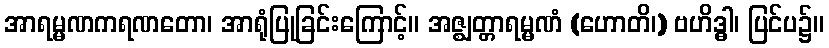
အာရမ္မဏကရဏတော၊ အာရုံပြုခြင်းကြောင့်။ အဇ္ဈတ္တာရမ္မဏံ (ဟောတိ၊) ဗဟိဒ္ဓါ၊ ပြင်ပ၌။